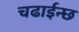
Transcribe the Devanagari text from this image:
चढाईन्छ